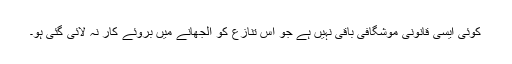
کوئی ایسی قانونی موشگافی باقی نہیں ہے جو اس تنازع کو الجھانے میں بروئے کار نہ لائی گئی ہو۔